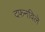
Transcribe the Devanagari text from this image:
दफनविले